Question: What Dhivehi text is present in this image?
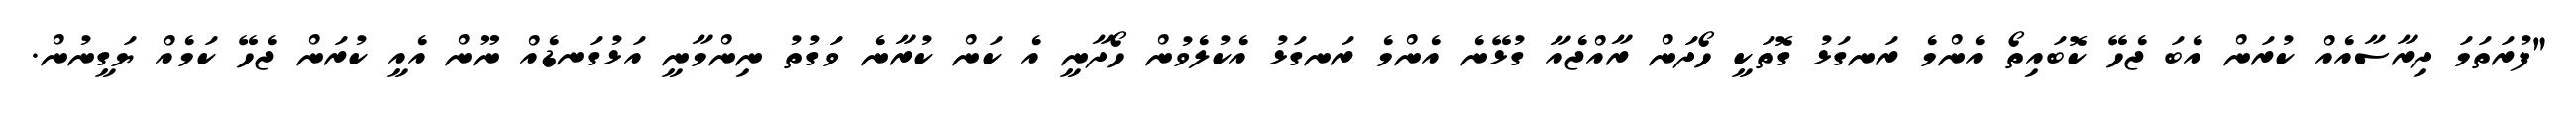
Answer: "ފުރަތަމަ ދިރާސާއެއް ކުރަން އެބަ ޖެހޭ ކޮބައިތޯ އެންމެ ރަނގަޅު ގޮތަކީ ހޯދަން ރާއްޖެއާ ގުޅޭނެ އެންމެ ރަނގަޅު އެކުލެވުން ހޯދާނީ އެ ކަން ކުރާނެ ވަގުތު ނިންމާނީ އަޅުގަނޑެއް ނޫން އެއީ ކުރަން ޖެހޭ ކަމެއް ޔަގީނުން.